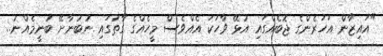
"އައިޒާން އަހަރެންގެ ޖޮބެއްގައި އުޅޭ ވާހަކަ އެއްވެސް މީހެއްގެ ގާތުގައި ނުބުނާށޭ ބުނީމެއްނު..